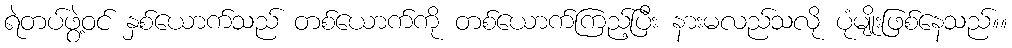
ရဲတပ်ဖွဲ့ဝင် နှစ်ယောက်သည် တစ်ယောက်ကို တစ်ယောက်ကြည့်ပြီး နားမလည်သလို ပုံမျိုးဖြစ်နေသည်။။